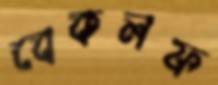
বেকলফ